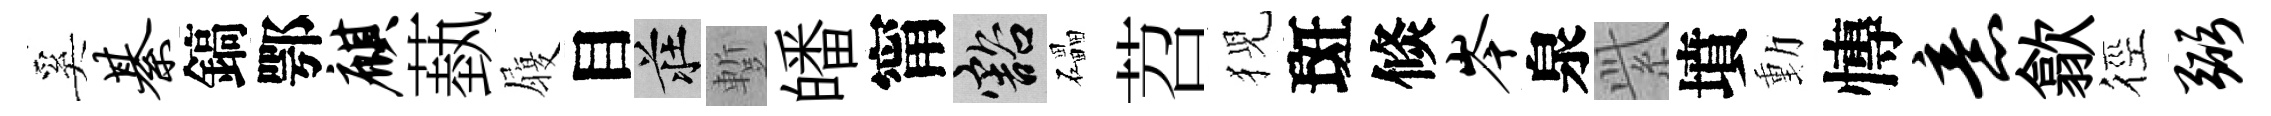
奚綦鎬鄂麒蓺履目莊蹔皤甯豁礧苕猊斑倐岑泉𬗋墳動慱意歙徑弼